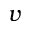
v